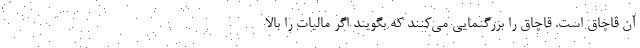
آن قاچاق است. قاچاق را بزرگنمایی می‌کنند که بگویند اگر مالیات را بالا